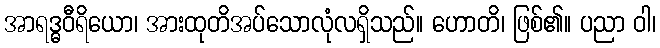
အာရဒ္ဓဝီရိယော၊ အားထုတိအပ်သောလုံလရှိသည်။ ဟောတိ၊ ဖြစ်၏။ ပညာ ဝါ၊